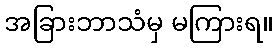
အခြားဘာသံမှ မကြားရ။